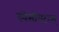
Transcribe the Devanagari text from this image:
स्पेसीयटरस्